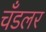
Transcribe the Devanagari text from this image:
चँडलर